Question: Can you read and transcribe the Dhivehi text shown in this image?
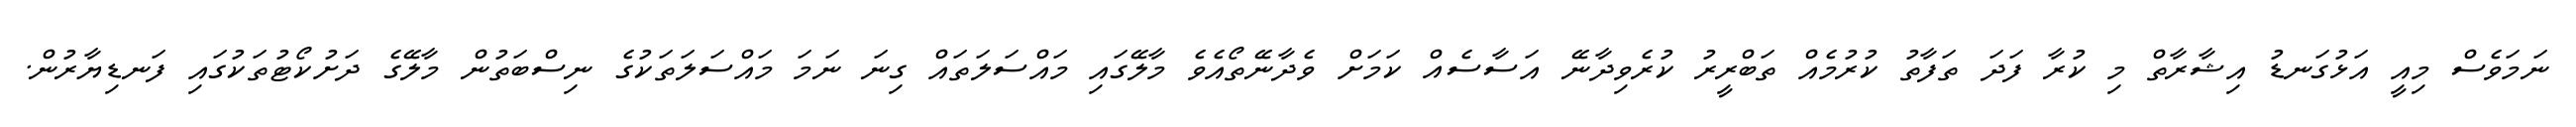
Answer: ނަމަވެސް މިއީ އަޅުގަނޑު އިޝާރާތް މި ކުރާ ފަދަ ތަފާތު ކުރުމެއް ތަބްރީރު ކުރެވިދާނޭ އަސާސެއް ކަމަށް ވެދާނޭތޯއެވެ މާލޭގައި މައްސަލަތައް ގިނަ ނަމަ މައްސަލަތަކުގެ ނިސްބަތުން މާލޭގެ ދަށުކޯޓުތަކުގައި ފަނޑިޔާރުން.